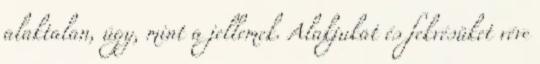
alaktalan, úgy, mint a jellemek. Alakjukat és fekvésüket véve